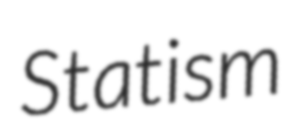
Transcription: Statism